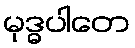
မုဒ္ဓပါတေ